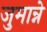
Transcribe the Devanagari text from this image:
जुमान्ने